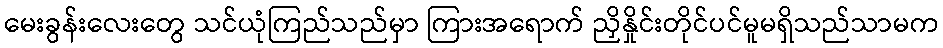
မေးခွန်းလေးတွေ သင်ယုံကြည်သည်မှာ ကြားအရောက် ညှိနှိုင်းတိုင်ပင်မူမရှိသည်သာမက